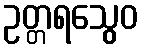
ဥတ္တရသွေဝ